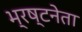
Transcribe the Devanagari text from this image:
भ्रष्टनेता